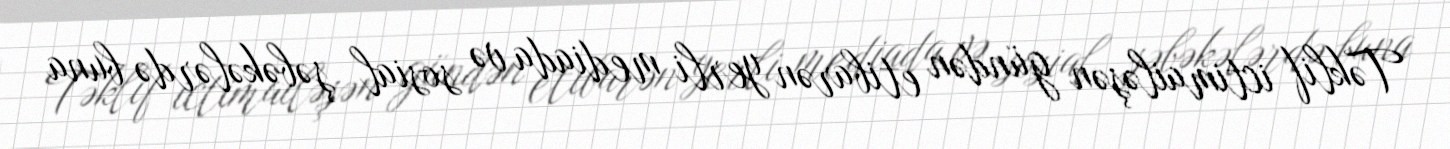
Təklif ictimailəşən gündən etibarən yerli mediada və sosial şəbəkələrdə buna